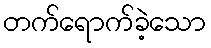
တက်ရောက်ခဲ့သော